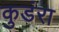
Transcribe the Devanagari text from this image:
कुडंरा